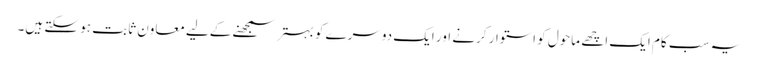
یہ سب کام ایک اچھے ماحول کو استوار کرنے اور ایک دوسرے کو بہتر سمجھنے کےلیے معاون ثابت ہو سکتے ہیں۔